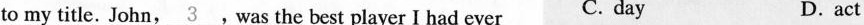
to my title. John,\underline{3}.Was the best player I had ever C. day D.act